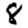
Digit: 8